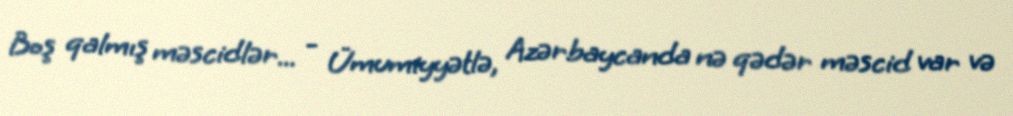
Boş qalmış məscidlər... - Ümumiyyətlə, Azərbaycanda nə qədər məscid var və